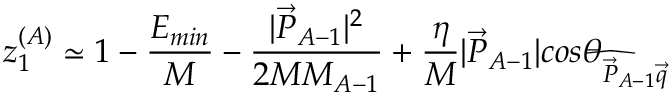
z _ { 1 } ^ { ( A ) } \simeq 1 - { \frac { E _ { m i n } } { M } } - { \frac { | \vec { P } _ { A - 1 } | ^ { 2 } } { 2 M M _ { A - 1 } } } + \frac { \eta } { M } | \vec { P } _ { A - 1 } | c o s \theta _ { \widehat { \vec { P } _ { A - 1 } \vec { q } } } ~